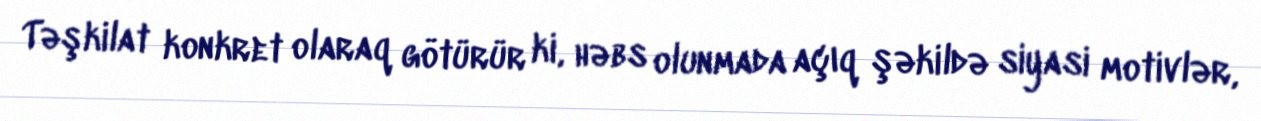
Təşkilat konkret olaraq götürür ki, həbs olunmada açıq şəkildə siyasi motivlər,